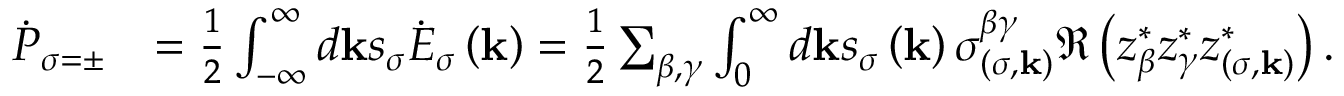
\begin{array} { r l } { \dot { P } _ { \sigma = \pm } } & { = \frac { 1 } { 2 } \int _ { - \infty } ^ { \infty } d \mathbf { k } s _ { \sigma } \dot { E } _ { \sigma } \left( \mathbf { k } \right) = \frac { 1 } { 2 } \sum _ { \beta , \gamma } \int _ { 0 } ^ { \infty } d \mathbf { k } s _ { \sigma } \left( \mathbf { k } \right) \sigma _ { \left( \sigma , \mathbf { k } \right) } ^ { \beta \gamma } \Re \left( z _ { \beta } ^ { * } z _ { \gamma } ^ { * } z _ { \left( \sigma , \mathbf { k } \right) } ^ { * } \right) . } \end{array}